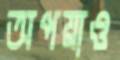
অপয়াও